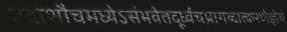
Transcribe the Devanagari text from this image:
तदाशौचमध्येऽसंभवेतदूर्ध्वंचप्रागब्दात्करणेज्ञेयं